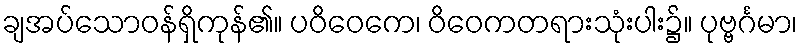
ချအပ်သောဝန်ရှိကုန်၏။ ပဝိဝေကေ၊ ဝိဝေကတရားသုံးပါး၌။ ပုဗ္ဗင်္ဂမာ၊